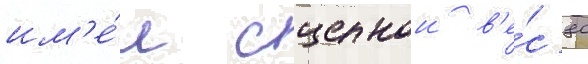
им'е́л сцепнои в'е́с 80